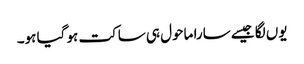
یوں لگا جیسے سارا ماحول ہی ساکت ہو گیا ہو۔